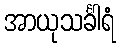
အာယုသင်္ခါရံ